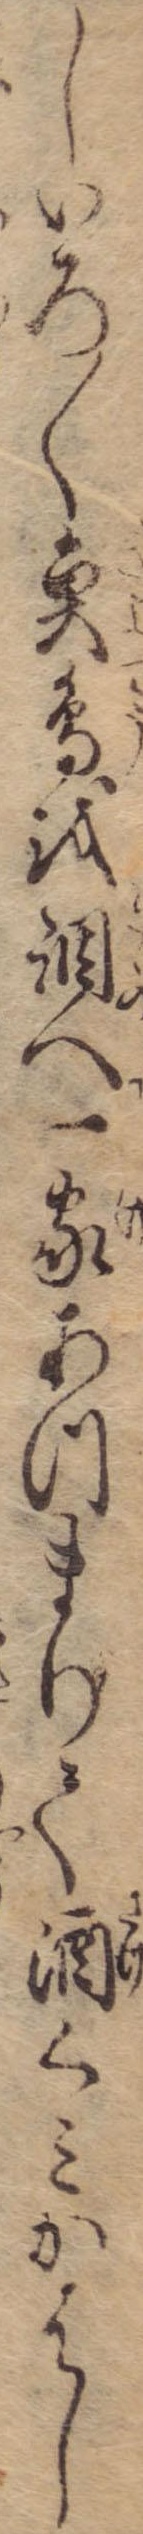
しいろ〱魚鳥を調へ一家あつまりて酒くみかはし